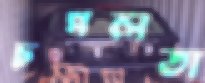
চপলতা